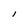
Character: l